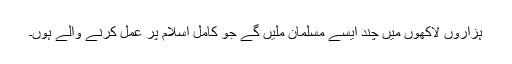
ہزاروں لاکھوں میں چند ایسے مسلمان ملیں گے جو کامل اسلام پر عمل کرنے والے ہوں۔